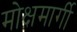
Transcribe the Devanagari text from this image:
मोक्षमार्गी